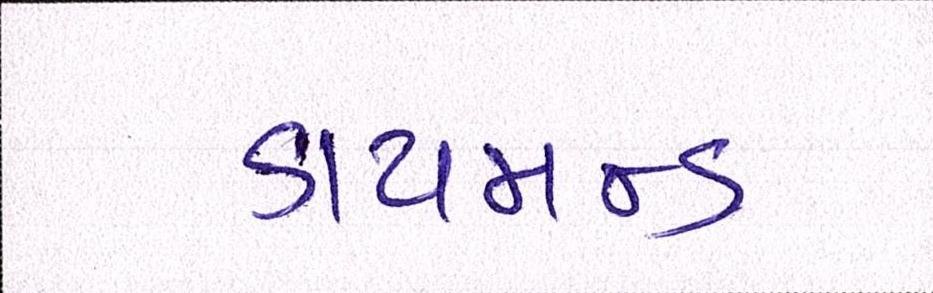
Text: ડાયમન્ડ